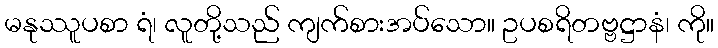
မနုဿူပစာ ရံ၊ လူတို့သည် ကျက်စားအပ်သော။ ဥပစရိတဗ္ဗဋ္ဌာနံ၊ ကို။